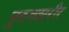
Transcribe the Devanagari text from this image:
पुरुषशरीर